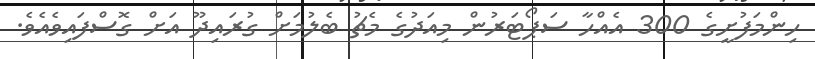
ހިންމަފުށީގެ 300 އެއްހާ ސަޕޯޓަރުން މިއަދުގެ މެޗު ބެލުމަށް ގުރައިދޫ އަށް ގޮސްފައިވެއެވެ.